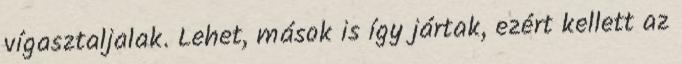
vígasztaljalak. Lehet, mások is így jártak, ezért kellett az